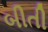
બીતી